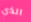
الذي